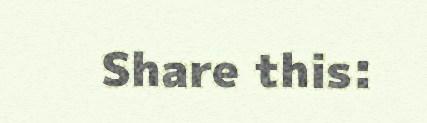
Share this: